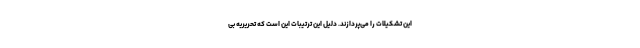
این تشکیلات را می‌پردازند. دلیل این ترتیبات این است که تحریریه بی